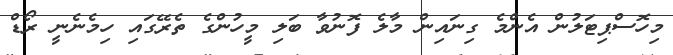
މިހޮސްޕިޓަލުން އެންމެ ގިނައިން މާލެ ފޮނުވާ ބަލި މީހުންގެ ތެރޭގައި ހިމެނެނީ ރޯޑް